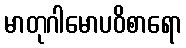
မာတုဂါမောပဝိစာရော